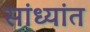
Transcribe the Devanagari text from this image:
सांध्यांत